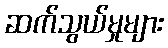
ဆက်သွယ်မှုများ